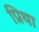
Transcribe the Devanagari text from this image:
प्रिथा